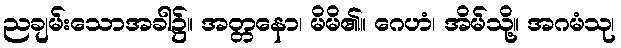
ညချမ်းသောအခါ၌။ အတ္တနော၊ မိမိ၏။ ဂေဟံ၊ အိမ်သို့။ အဂမံသု၊